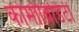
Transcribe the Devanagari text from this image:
कोमोब्रिडिटी